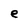
Character: e